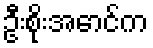
ဦးစိုးအောင်က